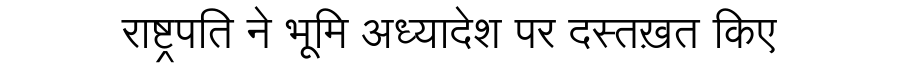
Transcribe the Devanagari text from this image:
राष्ट्रपति ने भूमि अध्यादेश पर दस्तख़त किए